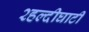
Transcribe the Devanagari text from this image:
२हल्दीघाटी